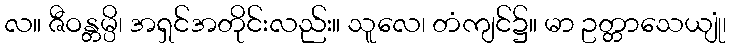
လ။ ဇီဝန္တမ္ပိ၊ အရှင်အတိုင်းလည်း။ သူလေ၊ တံကျင်၌။ မာ ဥတ္တာသေယျုံ၊